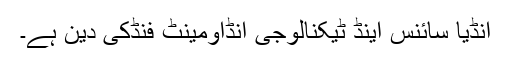
انڈیا سائنس اینڈ ٹیکنالوجی اِنڈاؤمینٹ فنڈکی دین ہے۔